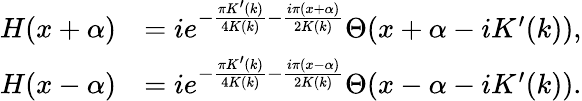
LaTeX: \begin{array}{rl}{H(x+\alpha)}&{=ie^{-\frac{\pi K^{\prime}(k)}{4K(k)}-\frac{i\pi(x+\alpha)}{2K(k)}}\Theta(x+\alpha-iK^{\prime}(k)),}\\ {H(x-\alpha)}&{=ie^{-\frac{\pi K^{\prime}(k)}{4K(k)}-\frac{i\pi(x-\alpha)}{2K(k)}}\Theta(x-\alpha-iK^{\prime}(k)).}\end{array}